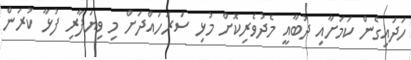
ހަދައިގެން ކަމަށާއި ދުބާއީ މެދުވެރިކޮށް މުޅި ސަރަހައްދަށް މި ވިޔަފާރި ފުޅާ ކުރަން